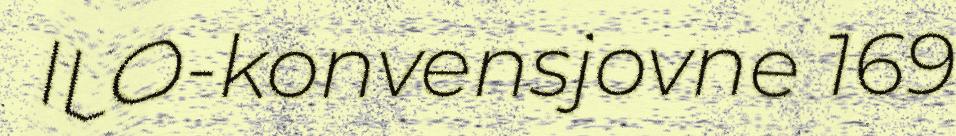
ILO-konvensjovne 169